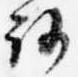
路